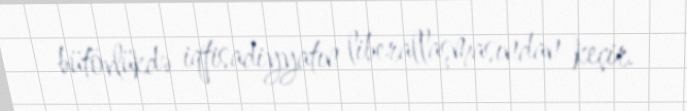
bütövlükdə iqtisadiyyatın liberallaşmasından keçir.